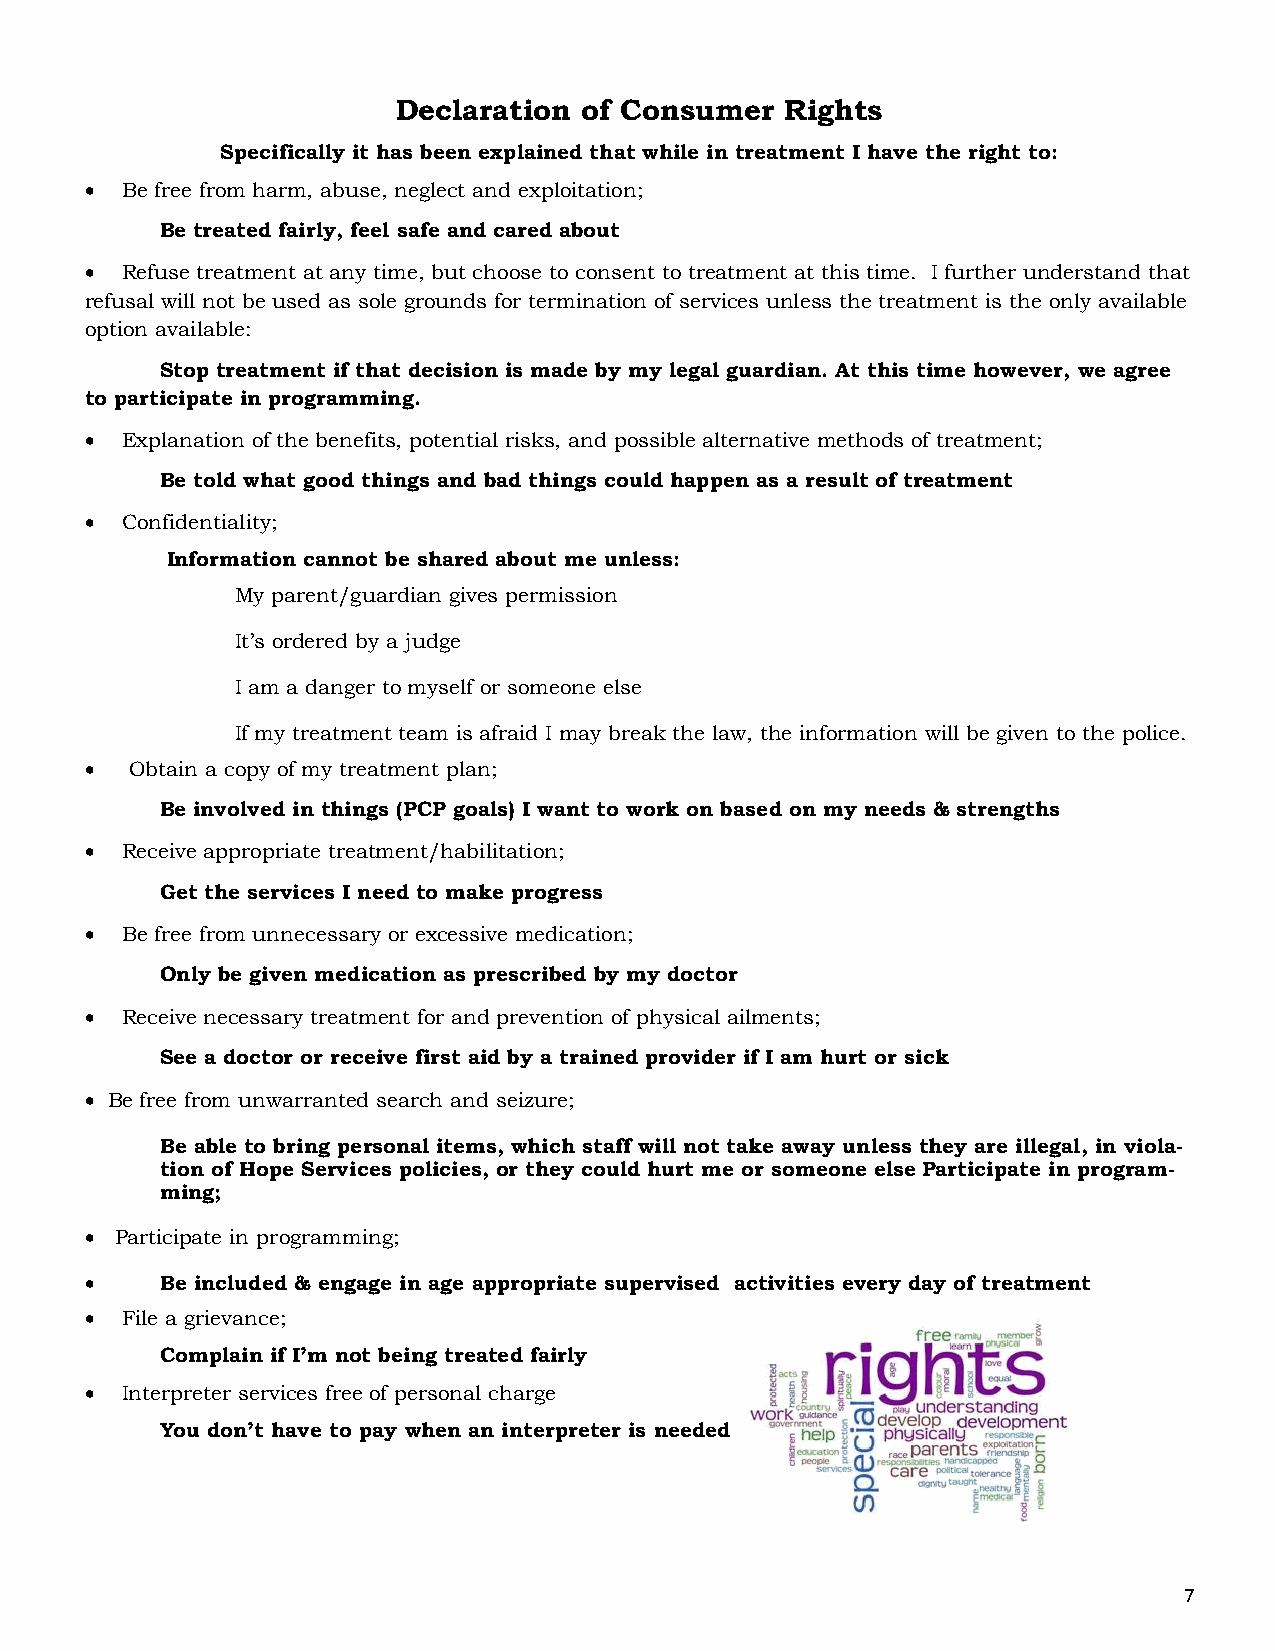
Declaration  of Consumer  Rights
 Specifically it has been explained that while in treatment I have the right to:
  Be free from harm, abuse, neglect and exploitation;
 Be treated fairly, feel safe and cared about
  Refuse treatment at any time, but choose to consent to treatment at this time. I further understand that
 refusal will not be used as sole grounds for termination of services unless the treatment is the only available
 option available:
 Stop treatment if that decision is made by my legal guardian. At this time however, we agree
 to participate in programming.
  Explanation of the benefits, potential risks, and possible alternative methods of treatment;
 Be told what good things and bad things could happen as a result of treatment
  Confidentiality;
 Information cannot be shared about me unless:
 My parent/guardian gives permission
 It’s ordered by a judge
 I am a danger to myself or someone else
 If my treatment team is afraid I may break the law, the information will be given to the police.
   Obtain a copy of my treatment plan;
 Be involved in things (PCP goals) I want to work on based on my needs & strengths
  Receive appropriate treatment/habilitation;
 Get the services I need to make progress
  Be free from unnecessary or excessive medication;
 Only be given medication as prescribed by my doctor
  Receive necessary treatment for and prevention of physical ailments;
 See a doctor or receive first aid by a trained provider if I am hurt or sick
  Be free from unwarranted search and seizure;
 Be able to bring personal items, which staff will not take away unless they are illegal, in viola-
 tion of Hope Services policies, or they could hurt me or someone else Participate in program-
 ming;
  Participate in programming;
     Be included & engage in age appropriate supervised activities every day of treatment
  File a grievance;
 Complain if I’m not being treated fairly
  Interpreter services free of personal charge
 You don’t have to pay when an interpreter is needed
 7